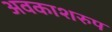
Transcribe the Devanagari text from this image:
अवकाशरुप